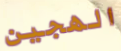
الهجين